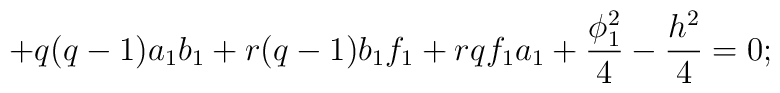
+q(q-1)a_{1}b_{1}+r(q-1)b_{1}f_{1}+rqf_{1}a_{1}+\frac{\phi_{1}^{2}}{4}- \frac{h^{2}}{4}=0;